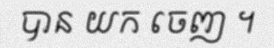
បាន យក ចេញ ។